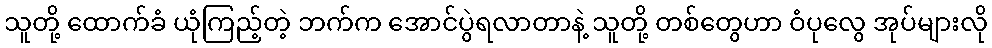
သူတို့ ထောက်ခံ ယုံကြည့်တဲ့ ဘက်က အောင်ပွဲရလာတာနဲ့ သူတို့ တစ်တွေဟာ ဝံပုလွေ အုပ်များလို